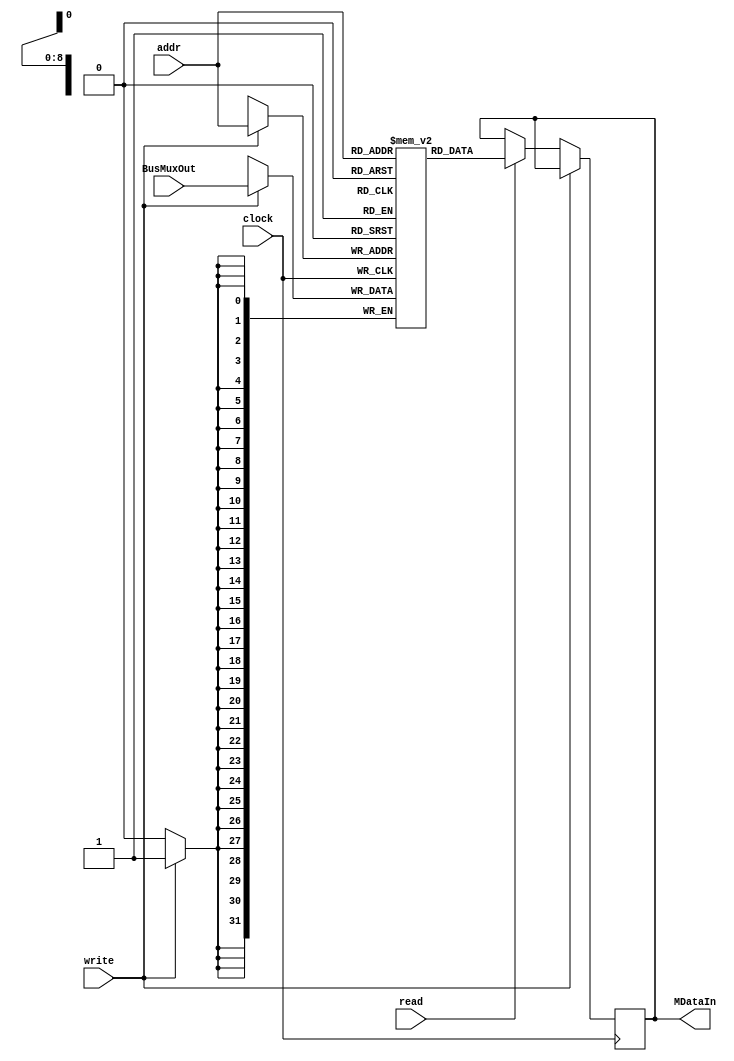
module ram (input clock, read, write, input [8:0] addr, input [31:0] BusMuxOut, output wire [31:0] MDataIn);

reg [31:0] mem [511:0];
reg [31:0] 	q;

initial begin
	/*//3.1 load instructions
	mem[0] = 32'b00000_0010_0000_00000000000_1001_1001; //load r2, r0(0x95) (puts 4 in r2)
	mem[1] = 32'b00000_0000_0010_00000000000_0011_1000; //load r0, 38(r2) 
	
	//3.2 store instructions
	mem[0] = 32'b01100_0001_0001_0000000000000000001; //addi r1, r1, 1 (to have something in r4)
	mem[1] = 32'b00010_0001_0000_00000000000_10000111; //st 0x87, R1; (see 87 in r1)
	mem[2] = 32'b00010_0001_0001_00000000000_10000111; //st 0x87(R1), R1; 
	
		//3.1 loadi instructions
	mem[0] = 32'b00001_0010_0000_00000000000_10010101; //loadi r2, r0(95) (puts 95 in r2)
	mem[1] = 32'b00001_0000_0010_00000000000_00111000; //loadi r0, 38(r2) (puts 38+95) in r0
	
	//3.3 ALU instructions
	mem[0] = 32'b01100_0100_0011_0000000000000000001; //addi r4, r3, 1 (to have something in r4)
	mem[1] = 32'b01100_0011_0100_111111111_1111111011; //addi r3, r4, -5
	mem[2] = 32'b01101_0011_0100_00000000000_01010011; //andi r3, r4, 0x53
	mem[3] = 32'b01110_0011_0100_00000000000_01010011; //ori r3, r4, 0x53
	
	//3.7 in out instructions
	mem[0] = 32'b01100_0011_0011_0000000000000000001; //addi r3, r3, 1 (to have something in r4)
	mem[1] = 32'b10111_0011_0000000000_0000000000_000; //out r3
	mem[2] = 32'b10110_0100_0000000000_0000000000_000; //in r4
	
	//3.5 jump instructions
	mem[0] = 32'b01100_0110_0110_0000000000000000101; //addi r6, r6, 5 (to have something in r4)
	mem[1] = 32'b10100_0110_000_0000000000_0000000000;//jr r6
	mem[5] = 32'b01100_0110_0000_0000000000000000000; //addi r6, r0, 0
	mem[6] = 32'b10101_0110_000_0000000000_0000000000; //jal r6
	
	//3.6 mfhi mflo instructions
	mem[0] = 32'b01100_0011_0110_0000000000000000101; //addi r6, r6, 5 (to have something in r6)
	mem[1] = 32'b11000_0110_000_0000000000_0000000000;//mfhi r6
	mem[2] = 32'b01100_0011_0000_0000000000000110101; //addi r6, r0, 53 (to have something different in r6
	mem[3] = 32'b11001_0111_000_0000000000_0000000000; //mflo r7
	
	//3.4 branch 
	mem[0]  = 32'b10011_0101_0000_000000000000000_1110;//brzr r5 14
	mem[15] = 32'b10011_0101_0001_000000000000000_1110;//brnz r5 14
	mem[16] = 32'b01100_0101_0101_111111111_1111111011;//addi r5, r5, -5
	mem[17] = 32'b10011_0101_0010_000000000000000_1110;//brpl r5 14
	mem[18] = 32'b10011_0101_0011_000000000000000_1110;//brmi r5 14
	
	
	mem[42] = 32'hffff;
	mem[43] = 32'd100;
	mem[87] = 32'd43;
	mem[94] = 32'h0a0a;
	mem[95] = 32'h0004;
	mem[100] = 32'hffff;
	mem[101] = 32'h0003;
	mem[102] = 32'h000a;
	mem[153] = 32'h4;
	mem[60] = 32'habba;*/
	
	mem[0] = 32'b00001001000000000000000001101001;
	mem[1] = 32'b00001001000100000000000000000010;
	mem[2] = 32'b00000000100000000000000001000111;
	mem[3] = 32'b00001000100010000000000000000001;
	mem[4] = 32'b00000000000011111111111111111001;
	mem[5] = 32'b00001001100000000000000000000011;
	mem[6] = 32'b00001001000000000000000001000011;
	mem[7] = 32'b10011001000110000000000000000011;
	mem[8] = 32'b00001001000100000000000000000110;
	mem[9] = 32'b00000011100101111111111111111110;
	mem[10] = 32'b11010000000000000000000000000000;
	mem[11] = 32'b10011011100100000000000000000010; //changed c from 11 to 10 (3 to 2)
	mem[12] = 32'b00001010100100000000000000000100;
	mem[13] = 32'b00001010001011111111111111111101;
	mem[14] = 32'b00011001000100011000000000000000; //target
	mem[15] = 32'b01100011101110000000000000000011;
	mem[16] = 32'b10001011101110000000000000000000;
	mem[17] = 32'b10010011101110000000000000000000;
	mem[18] = 32'b01101011101110000000000000001111;
	mem[19] = 32'b01000000100000011000000000000000;
	mem[20] = 32'b01110011100010000000000000001001;
	mem[21] = 32'b00110000101110011000000000000000;
	mem[22] = 32'b00101001000100011000000000000000;
	mem[23] = 32'b00010_0010_0000_0000000000010001110;
	mem[24] = 32'b01001001000000011000000000000000;
	mem[25] = 32'b01011010000110000000000000000000;
	mem[26] = 32'b01010000100100000000000000000000;
	mem[27] = 32'b00010_0100_0001_0000000000000100111;
	mem[28] = 32'b00100000000100100000000000000000;
	mem[29] = 32'b00111000100100011000000000000000;
	mem[30] = 32'b00001010000000000000000000000110;
	mem[31] = 32'b00001_0101_0000_0000000000000011011; //ldi r5, 0x1b
	mem[32] = 32'b01111_0101_0100_0000000000000000000; //mul r5, r4
	mem[33] = 32'b11000_0111_00000000000000000000000; //mfhi r7
	mem[34] = 32'b11001_0110_00000000000000000000000; //mflo r6
	mem[35] = 32'b10000010101000000000000000000000;
	mem[36] = 32'b00001_1010_0100_0000000000000000001;
	mem[37] = 32'b00001_1011_0101_1111111111111111110;
	mem[38] = 32'b00001110001100000000000000000000;
	mem[39] = 32'b00001110101110000000000000000011;
	mem[40] = 32'b10101110000000000000000000000000;
	mem[41] = 32'b11011000000000000000000000000000;

	mem[162] = 32'b00011100110101100000000000000000;
	mem[163] = 32'b00100100010111101000000000000000;
	mem[164] = 32'b00100100110011000000000000000000;
	mem[165] = 32'b10100111100000000000000000000000;
	
	mem[71] = 32'h94;
	mem[142] = 32'h34;
	
end

always @ (posedge clock)begin
             		if (write) begin
                                mem[addr] <= BusMuxOut;
                        end
                        else if (read) begin
                                q <= mem[addr];
                        end
	end
	
assign MDataIn = q;
	
endmodule